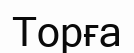
Торға